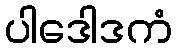
ပါဒေါဒကံ